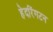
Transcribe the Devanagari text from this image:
हेदरिंगटन